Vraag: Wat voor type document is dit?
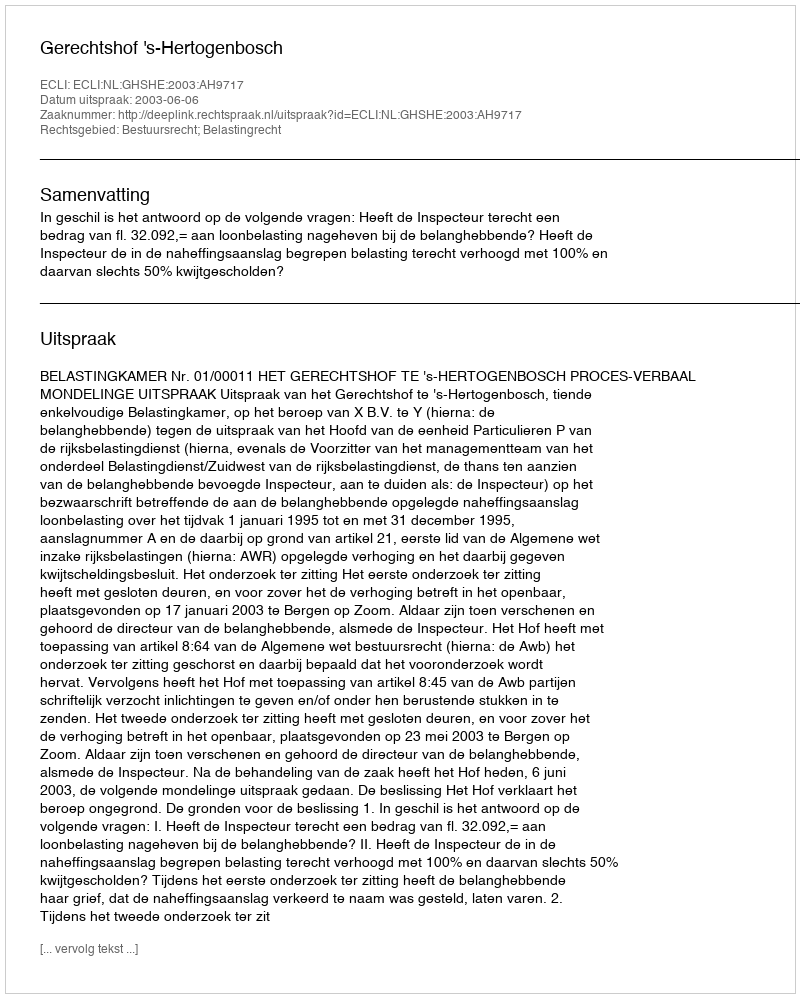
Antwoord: Uitspraak